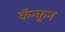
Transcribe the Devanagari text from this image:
कॅन्कून